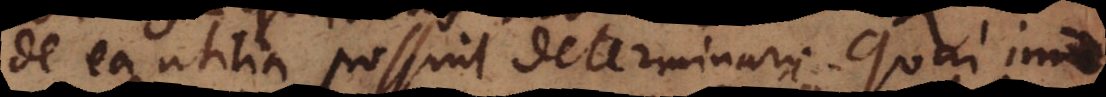
de ea utilia possint determinari. Quin imo